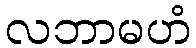
လဘာမဟံ